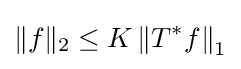
\|f\|_{2}\leq K\left\|T^{*}f\right\|_{1}